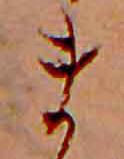
ま